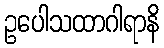
ဥပေါသထာဂါရာနိ